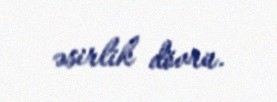
əsirlik dövrü.